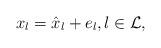
LaTeX: \begin{align*}x_l = \hat{x}_l + e_l, l \in \mathcal{L}, \end{align*}